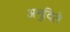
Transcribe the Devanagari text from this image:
अनुदिते